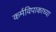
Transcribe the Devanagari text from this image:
कर्मविपाकाच्या